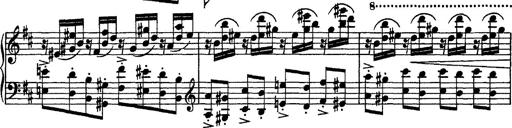
Title: Piano Sonata
Composer: Karl HÃ¤ssler
Key: C major